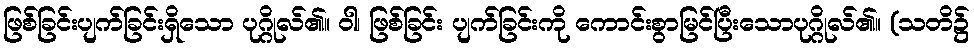
ဖြစ်ခြင်းပျက်ခြင်းရှိသော ပုဂ္ဂိုလ်၏။ ဝါ၊ ဖြစ်ခြင်း ပျက်ခြင်းကို ကောင်းစွာမြင်ပြီးသောပုဂ္ဂိုလ်၏။ (သတိ၌